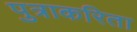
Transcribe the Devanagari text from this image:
पुत्राकरिता